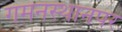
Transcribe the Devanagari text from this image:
गमनस्थानपर